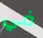
في